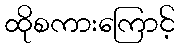
ထိုစကားကြောင့်